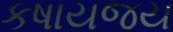
કષાયજય